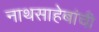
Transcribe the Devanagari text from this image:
नाथसाहेबांची